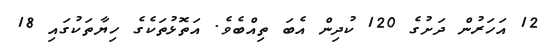
12 އަހަރުން ދަށުގެ 120 ކުދިން އެބަ ތިއްބެވެ. އަތޮޅުތަކެގެ ހިޔާތަކުގައި 18